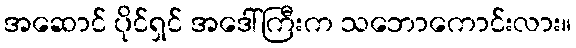
အဆောင် ပိုင်ရှင် အဒေါ်ကြီးက သဘောကောင်းလား။